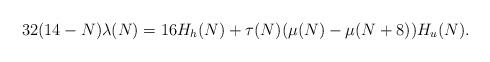
LaTeX: \begin{align*} 32(14-N)\lambda(N)=16 H_h(N)+\tau(N)(\mu(N)-\mu(N+8))H_u(N).\end{align*}